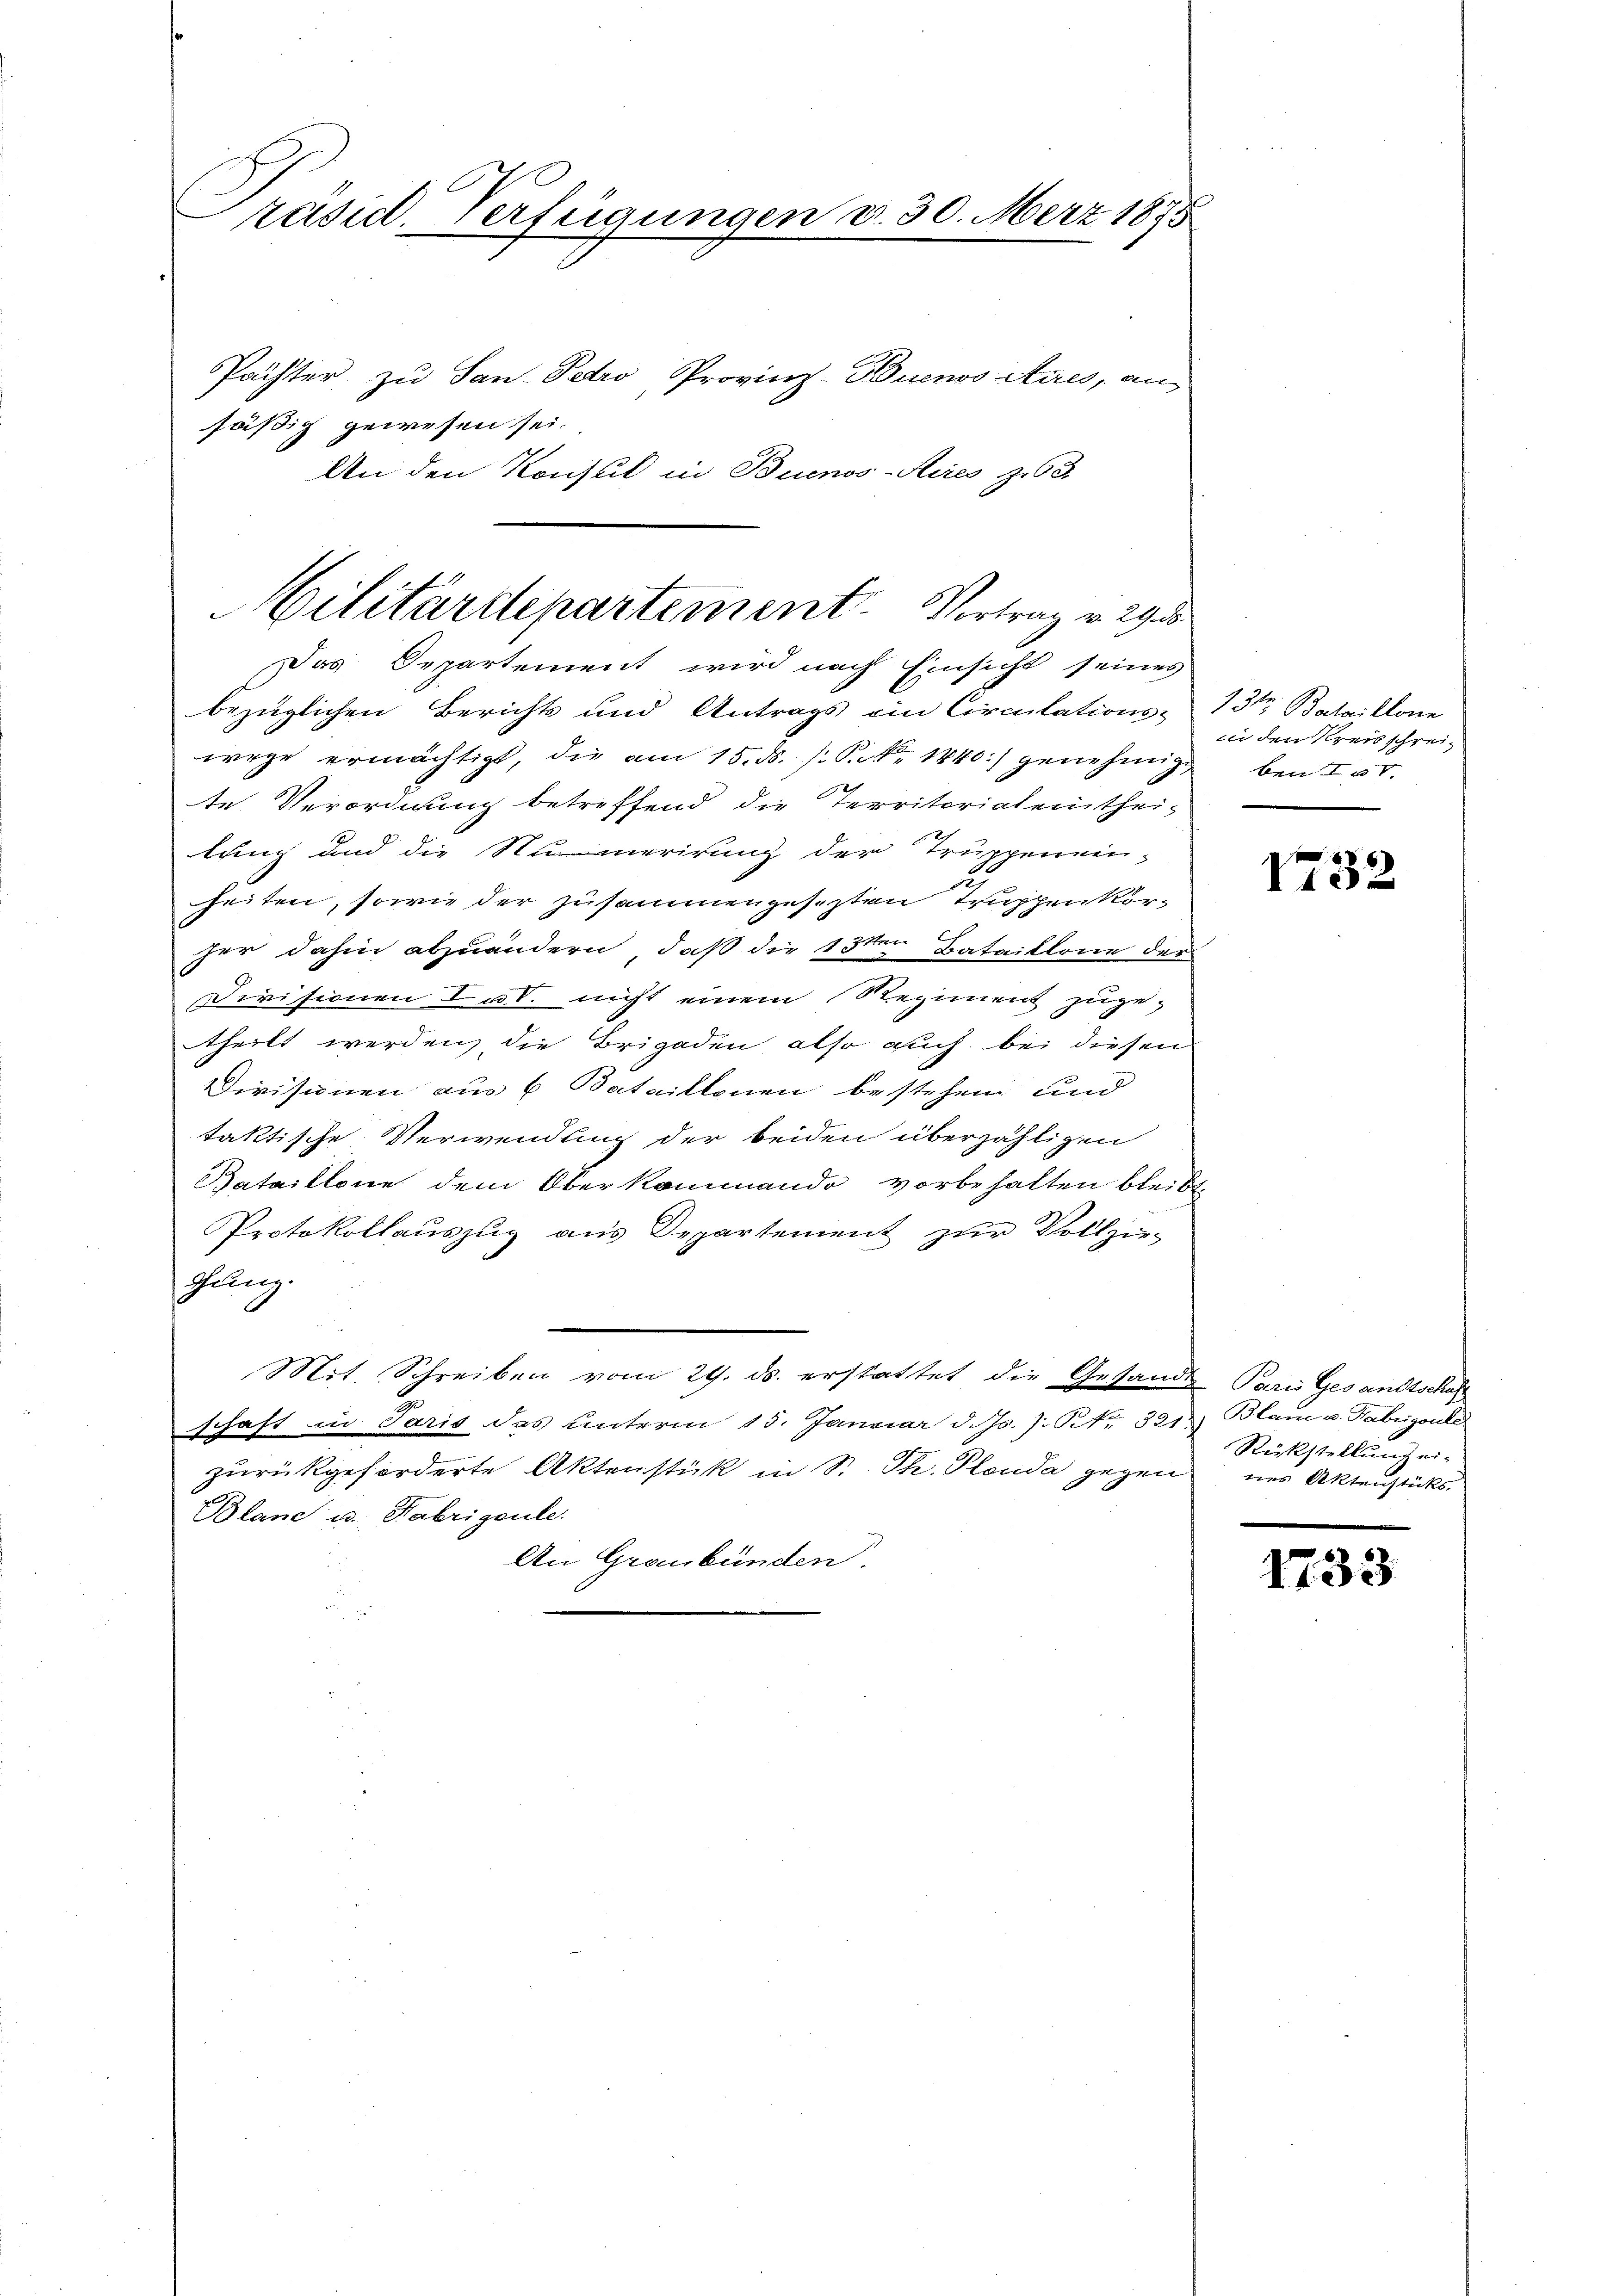
räsid. Verfügungen d. 30. März 1875

Pächter zu San. Petro Provinz Buenos Aires, ansäßig gewesen sei.
An den Konsul in Buenos-Aires z. 63

ilitärdepartement. Vortrag v. 293.
Das Departement wird nach Einsicht seines

bezüglichen Berichts und Antrags ein Circulations- 13ten Bataillone
wege ermächtigt, die am 15. ds. s. S. 1440.) genehmige
2
te Verordnung betreffend die Territorialenthei-
tung und die Numerirung der Truppenein¬
2
heiten, sowie der zusammengesezten Truppen vorher dahin abzuändern, daß die 13ten Bataillone der
Divisionen I u. nicht einem Regiment zuge-
theilt werden, die Brigaden also auch bei diesen
Divisinen aus 6 Bataillonen bestehen und
taktische Verwendung der beiden überzähligen
Bataillone dem Oberkommando vorbehalten bleibt
Protokollauszug aus Departement zur Vollzie-
Junz.
Mit. Schreiben vom 29. ds. erstattet die Gesandte Paris Gesandtschaf
schaft in Paris das unterm 15. Januar d. Js. J. Nr. 321 Blain u. Fabrigoule
zurückgeforderte Aktenstück in S. Th. Plauda gegen
Bland u. Fabrigente.
An Graubünden.

in den Kreisschreiben I 50.

I32

Rückstellung ei-
nes Aktenstücks

1733